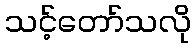
သင့်တော်သလို